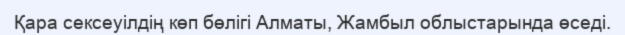
Қара сексеуілдің көп бөлігі Алматы, Жамбыл облыстарында өседі.